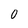
Character: 0